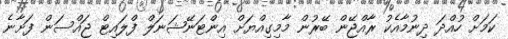
ކަމަށް ހުއްދަ ދިނުމާއެކު ރާއްޖޭން ބޭރުން މާމިގިއްޔަށް އިންޓަނޭޝަނަލް ފްލައިޓް ޖައްސަން ފަށާނެ